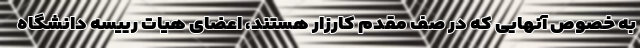
به خصوص آنهایی که در صف مقدم کارزار هستند، اعضای هیات رییسه دانشگاه